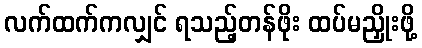
လက်ထက်ကလျှင် ရသည့်တန်ဖိုး ထပ်မညှိုးဖို့